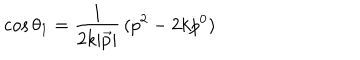
\cos \theta _ { 1 } = \frac { 1 } { 2 k | \vec { p } | } \, ( p ^ { 2 } - 2 k p ^ { 0 } )